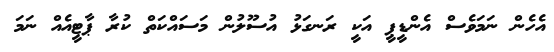
އެހެން ނަމަވެސް އެންޑީޕީ އަކީ ރަނގަޅު އުސޫލުން މަސައްކަތް ކުރާ ޕާޓީއެއް ނަމަ